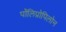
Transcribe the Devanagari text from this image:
पॉलिप्रोपिलोन